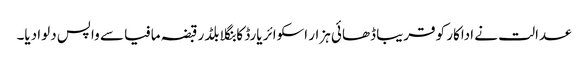
عدالت نے اداکار کو قریبا ڈھائی ہزار اسکوائر یارڈ کا بنگلا بلڈر قبضہ مافیا سے واپس دلوا دیا۔